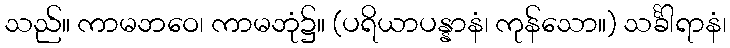
သည်။ ကာမဘဝေ၊ ကာမဘုံ၌။ (ပရိယာပန္နာနံ၊ ကုန်သော။) သင်္ခါရာနံ၊